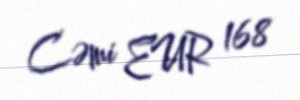
Cəmi EUR 168